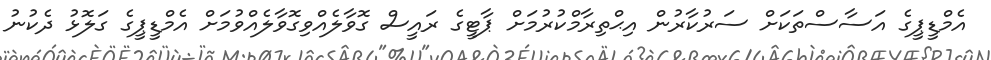
އެމްޑީޕީގެ އަސާސްތަކަށް ސަރުކާރުން އިޙްތިރާމްކުރުމަށް ޕާޓީގެ ރައީސް ގޮވާލެއްވިގޮވާލެއްވުމަށް އެމްޑީޕީގެ ގަލޮޅު ދެކުނު